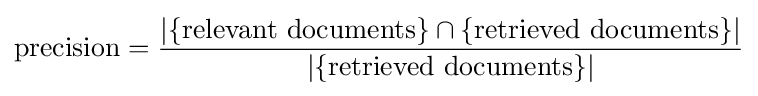
{\mbox{precision}}={\frac {|\{{\mbox{relevant documents}}\}\cap \{{\mbox{retrieved documents}}\}|}{|\{{\mbox{retrieved documents}}\}|}}